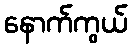
နောက်ကွယ်